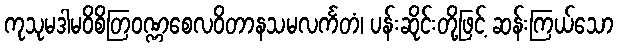
ကုသုမဒါမဝိစိတြဝဏ္ဏစေလဝိတာနသမလင်္ကတံ၊ ပန်းဆိုင်းတို့ဖြင့် ဆန်းကြယ်သော